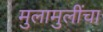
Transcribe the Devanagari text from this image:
मुलामुलींचा